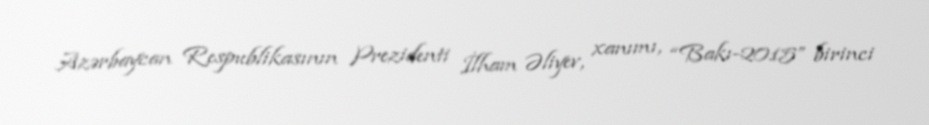
Azərbaycan Respublikasının Prezidenti İlham Əliyev, xanımı, “Bakı-2015” birinci